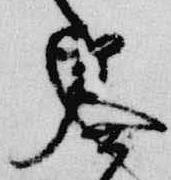
奏